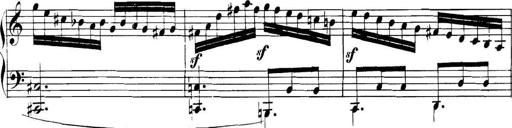
Title: Collected Piano Sonatas
Composer: Muzio Clementi